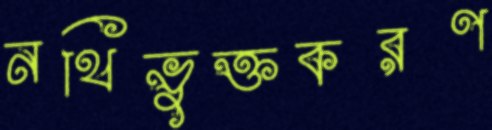
নথিভুক্তকরণ